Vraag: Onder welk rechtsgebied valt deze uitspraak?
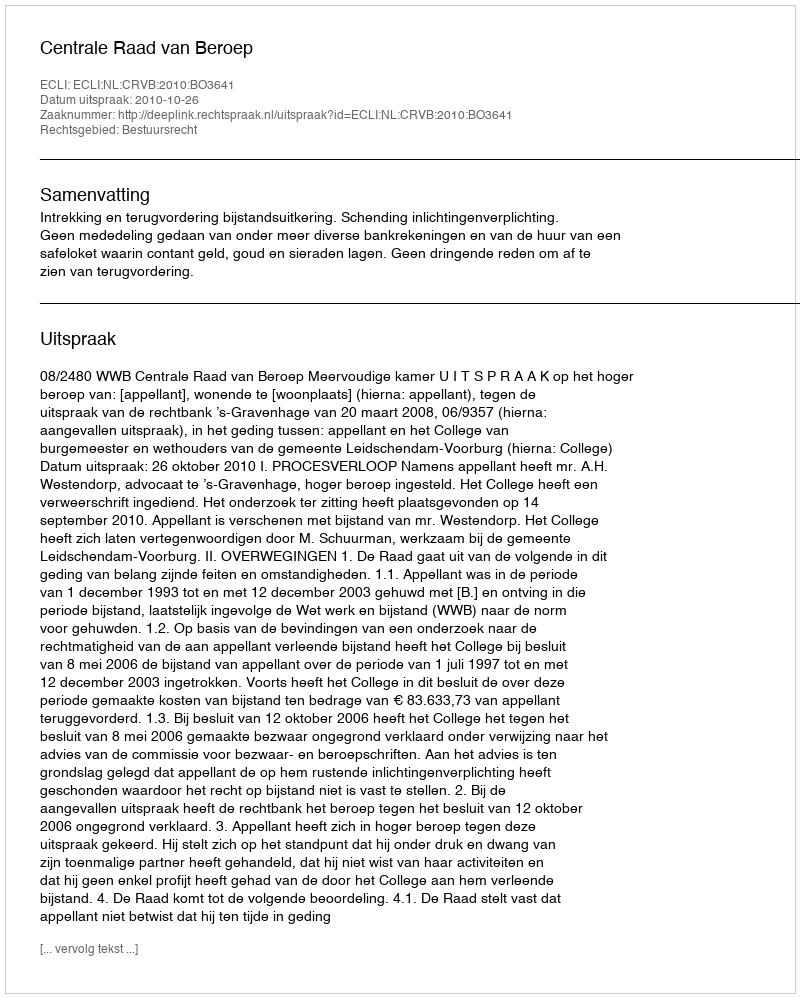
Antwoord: Bestuursrecht